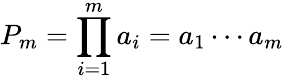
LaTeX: P_{m}=\prod_{i=1}^{m}a_{i}=a_{1}\cdots a_{m}